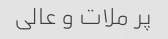
پر ملات و عالی